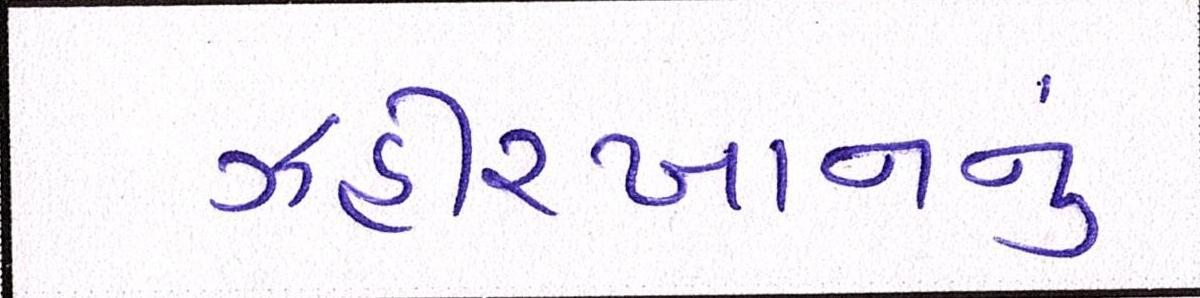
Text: ઝહીરખાનનું